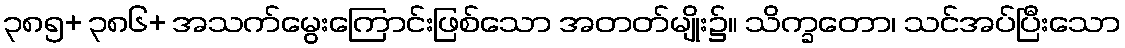
၃၈၅+ ၃၈၆+ အသက်မွေးကြောင်းဖြစ်သော အတတ်မျိုး၌။ သိက္ခတော၊ သင်အပ်ပြီးသော